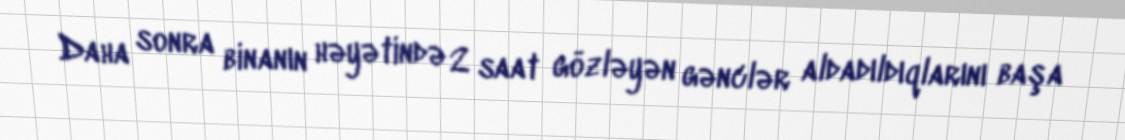
Daha sonra binanın həyətində 2 saat gözləyən gənclər aldadıldıqlarını başa